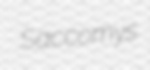
Saccomys